NAE_ERA_R-1765_ENSV_Kirjanike_Liit_1945-1955, lk 9
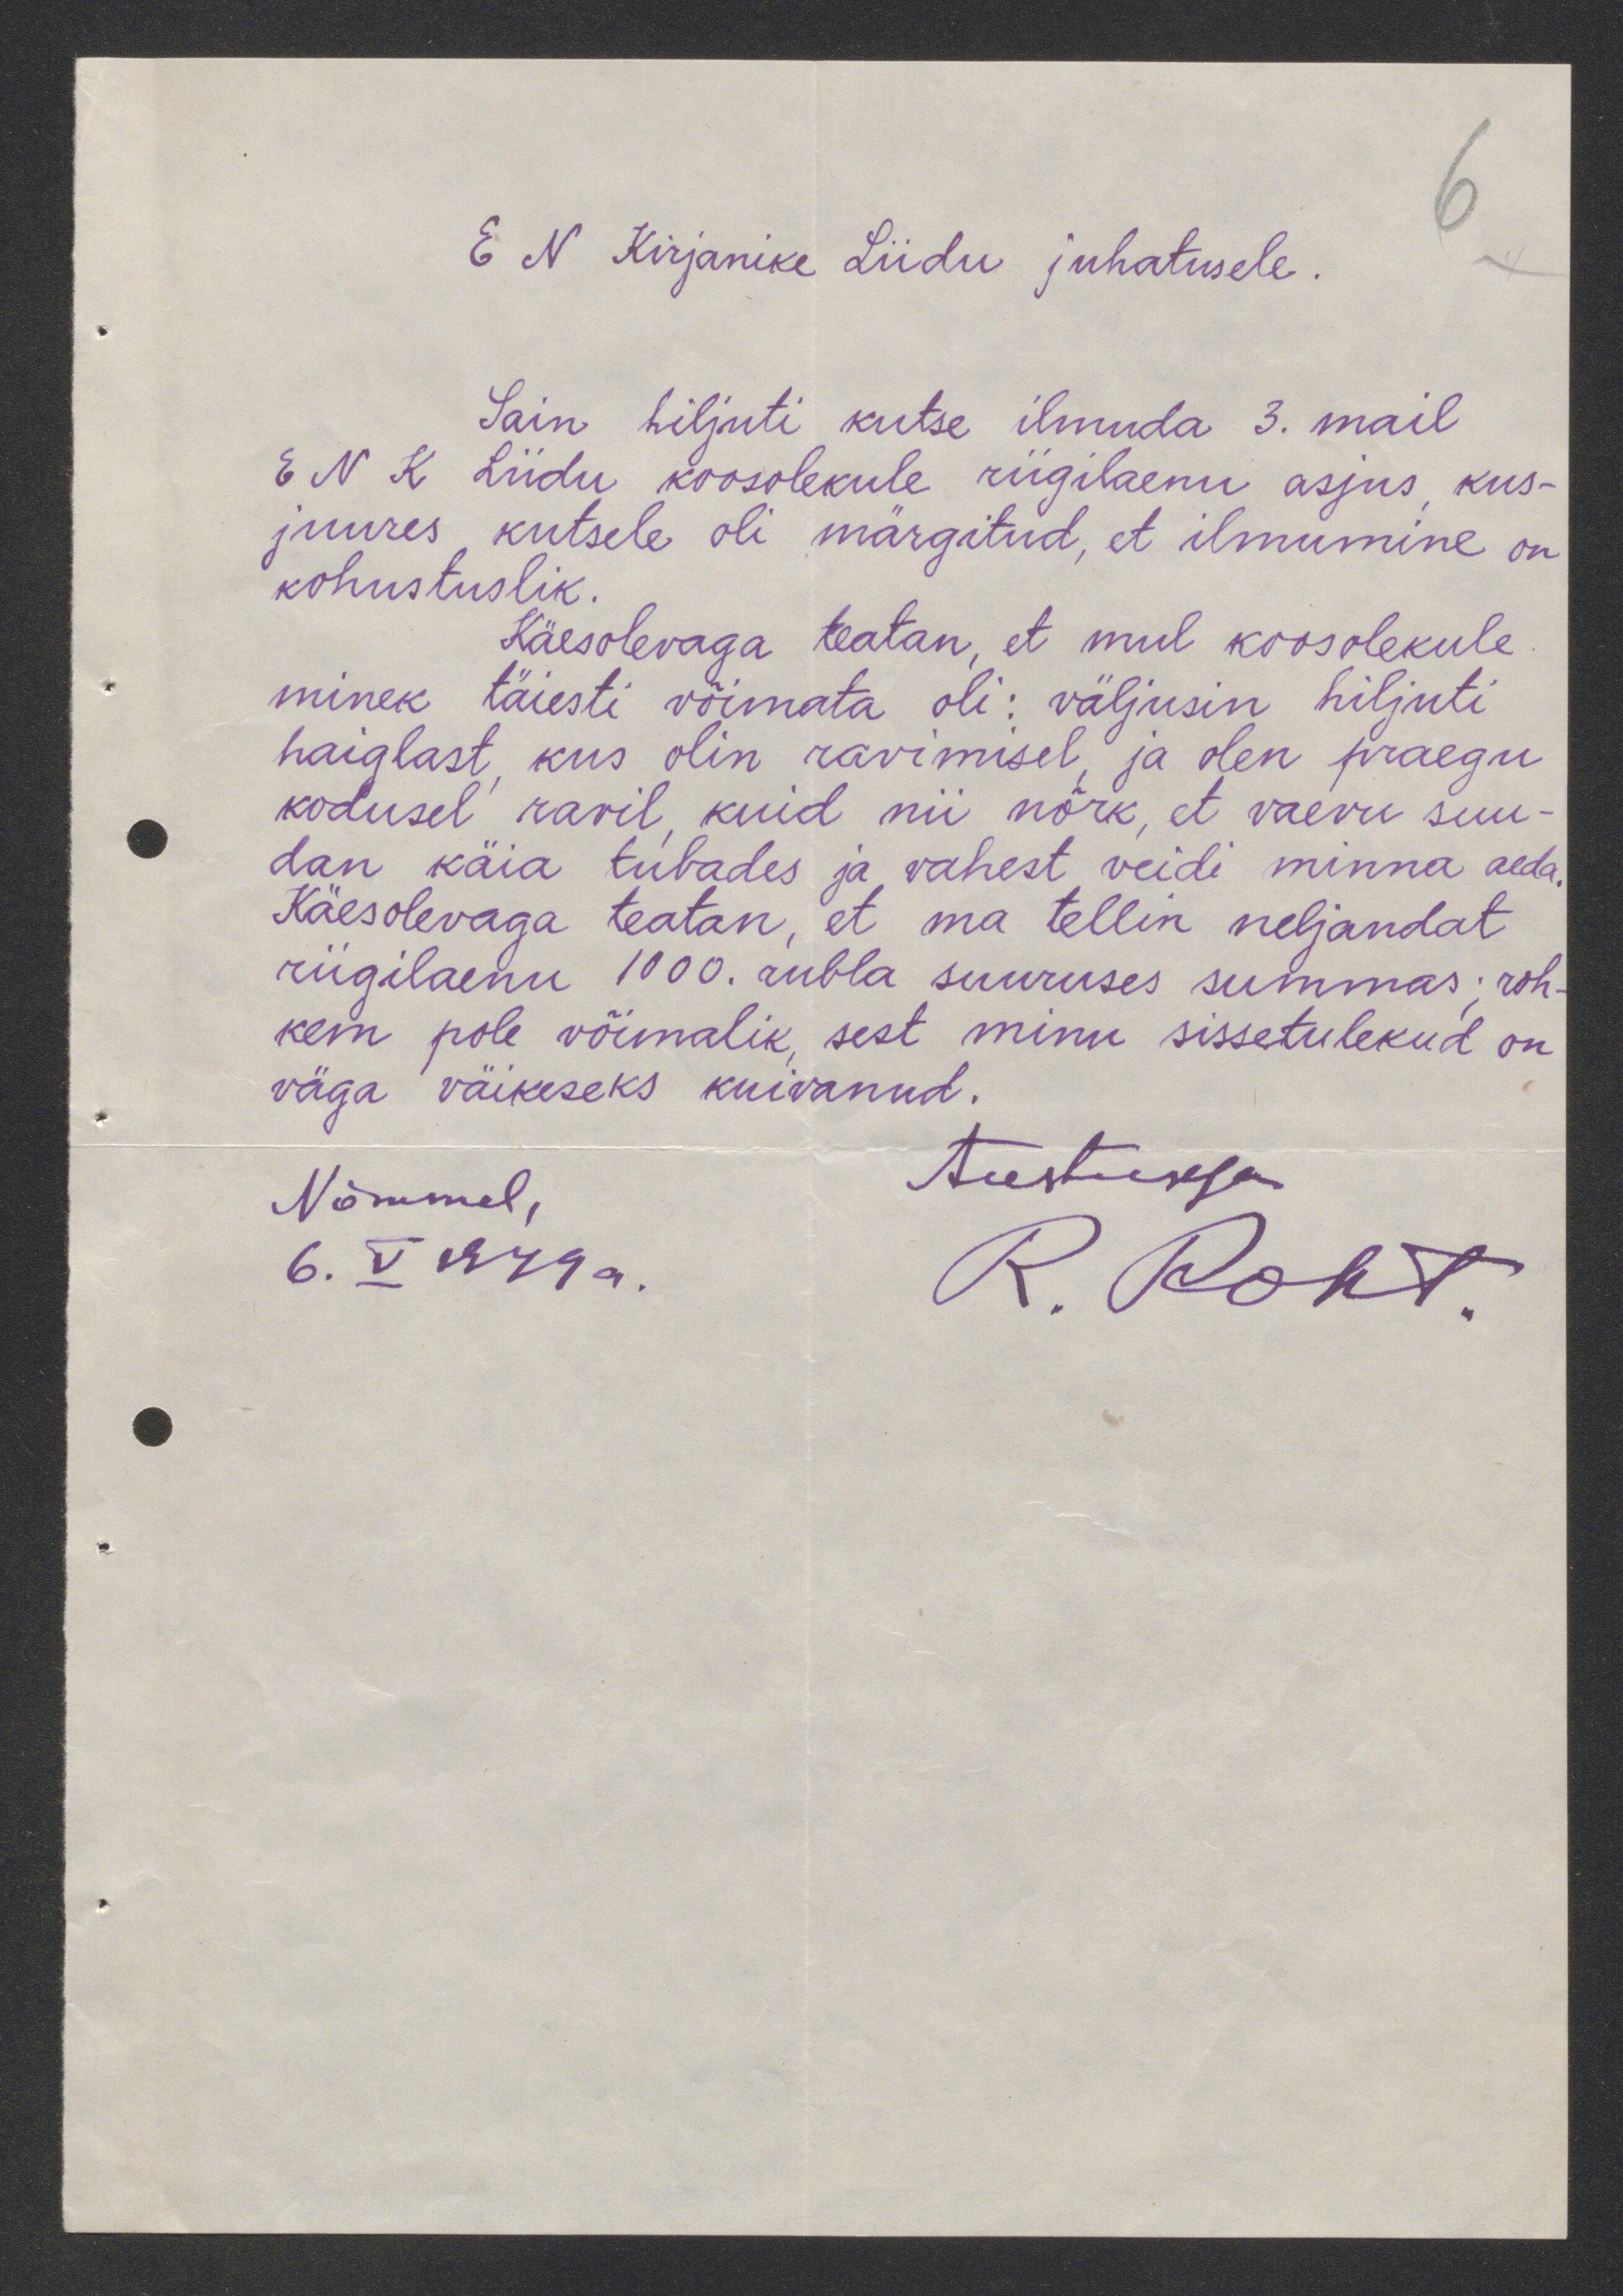
E N Kirjanike Liidu juhatusele.
Sain hiljuti kutse ilmuda 3. mail
E N K Liidu koosolekule riigilaenu asjus, kus-
juures kutsele oli märgitud, et ilmumine on
kohustuslik.
Käesolevaga teatan, et mul koosolekule
minek täiesti võimata oli: väljusin hiljuti
haiglast kus olin ravimisel, ja olen praegu
kodusel ravil kuid nii nõrk, et vaevu suu-
dan käia tubades ja vahest veidi minna aeda.
Käesolevaga teatan, et ma tellin neljandat
riigilaenu 1000. rubla suuruses summas; roh-
kem pole võimalik, sest minu sissetulekud on
väga väikeseks kuivanud.
Austusega
Nõmmel,
6. V. 1949a.
R. Roht